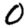
Digit: 0